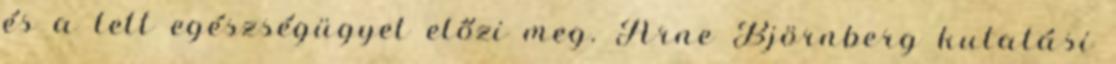
és a lett egészségügyet előzi meg. Arne Björnberg kutatási